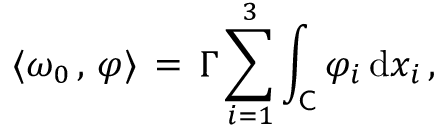
\langle \omega _ { 0 } \, , \, \varphi \rangle \, = \, \Gamma \sum _ { i = 1 } ^ { 3 } \int _ { \mathsf C } \varphi _ { i } \, \mathrm { d } x _ { i } \, ,